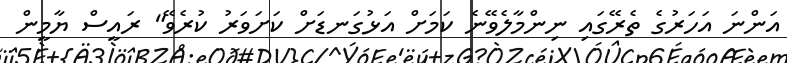
އަންނަ އަހަރުގެ ތެރޭގައި ނިންމާލެވޭނެ ކަމަށް އަޅުގަނޑަށް ކަށަވަރު ކުރެވޭ" ރައީސް ޔާމީން